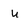
Character: u